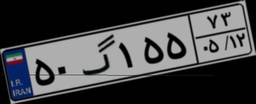
۵۰گ۱۵۵۷۳